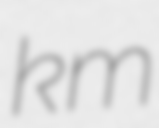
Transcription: km